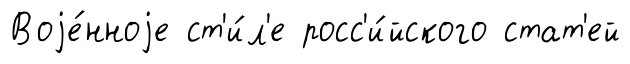
Воjе́нноjе ст'и́л'е росс'и́йского стат'ей